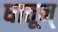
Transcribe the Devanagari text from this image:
धातून्